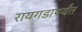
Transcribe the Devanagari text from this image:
रायगडापर्यंत